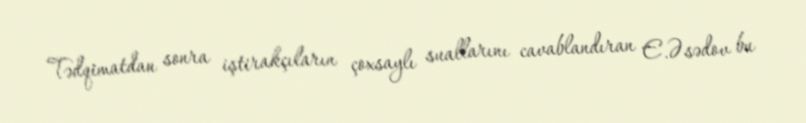
Tədqimatdan sonra iştirakçıların çoxsaylı suallarını cavablandıran E.Əsədov bu